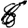
Digit: 6